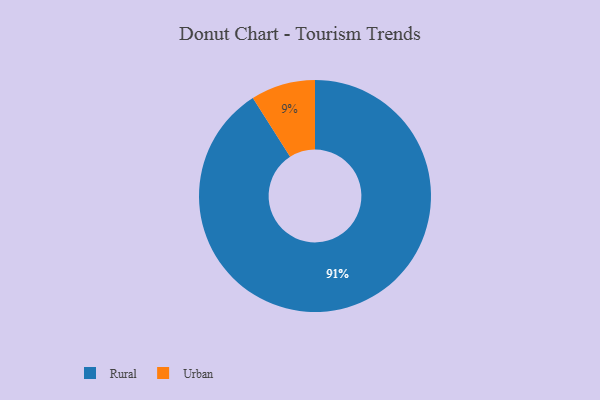
{"axis": {"x": "Category", "y": "Percentage"}, "legend": ["Rural", "Urban"], "data": [{"x": "Urban", "y": 9, "type": "Urban"}, {"x": "Rural", "y": 91, "type": "Rural"}]}